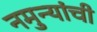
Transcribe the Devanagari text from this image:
नमुन्यांची